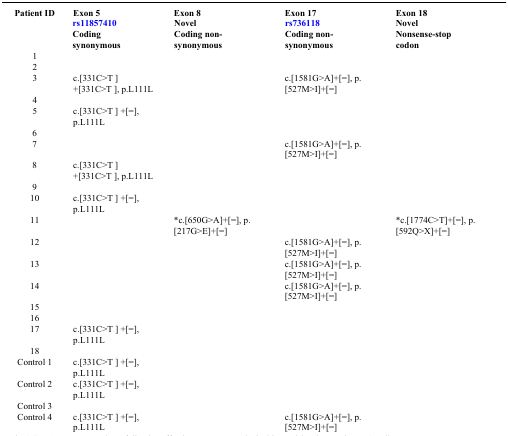
| <ROWSPAN=3> Patient ID | Exon 5 | Exon 8 | Exon 17 | Exon 18 |
 | rs11857410 | Novel | rs736118 | Novel |
 | Coding synonymous | Coding non-synonymous | Coding non-synonymous | Nonsense-stop codon |
 | --- | --- | --- | --- | --- |
 | 1 |  |  |  |  |
 | 2 |  |  |  |  |
 | 3 | c.[331C>T ] +[331C>T ], p.L111L |  | c.[1581G>A]+[=], p.[527M>I]+[=] |  |
 | 4 |  |  |  |  |
 | 5 | c.[331C>T ] +[=], p.L111L |  |  |  |
 | 6 |  |  |  |  |
 | 7 |  |  | c.[1581G>A]+[=], p.[527M>I]+[=] |  |
 | 8 | c.[331C>T ] +[331C>T ], p.L111L |  |  |  |
 | 9 |  |  |  |  |
 | 10 | c.[331C>T ] +[=], p.L111L |  |  |  |
 | 11 |  | *c.[650G>A]+[=], p.[217G>E]+[=] |  | *c.[1774C>T]+[=], p.[592Q>X]+[=] |
 | 12 |  |  | c.[1581G>A]+[=], p.[527M>I]+[=] |  |
 | 13 |  |  | c.[1581G>A]+[=], p.[527M>I]+[=] |  |
 | 14 |  |  | c.[1581G>A]+[=], p.[527M>I]+[=] |  |
 | 15 |  |  |  |  |
 | 16 |  |  |  |  |
 | 17 | c.[331C>T ] +[=], p.L111L |  |  |  |
 | 18 |  |  |  |  |
 | Control 1 | c.[331C>T ] +[=], p.L111L |  |  |  |
 | Control 2 | c.[331C>T ] +[=], p.L111L |  |  |  |
 | Control 3 |  |  |  |  |
 | Control 4 | c.[331C>T ] +[=], p.L111L |  | c.[1581G>A]+[=], p.[527M>I]+[=] |  |